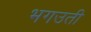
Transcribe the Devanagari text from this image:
भगउती